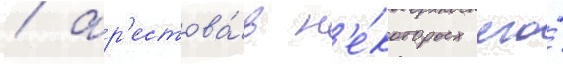
/ ар'естова́в н'е́которых его́